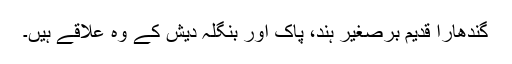
گندھارا قدیم برصغیر ہند، پاک اور بنگلہ دیش کے وہ علاقے ہیں۔